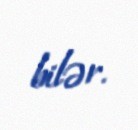
bilər.